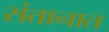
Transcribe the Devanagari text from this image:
संतानात